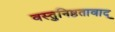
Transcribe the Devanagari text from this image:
वस्तुनिष्ठतावाद्